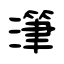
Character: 潷